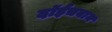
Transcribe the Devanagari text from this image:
दॉईचबान